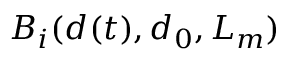
B _ { i } ( d ( t ) , d _ { 0 } , L _ { m } )